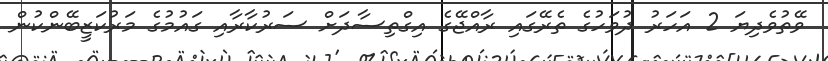
ވޭތުވެދިޔަ 2 އަހަރު ދުވަހުގެ ތެރޭގައި ރާއްޖޭގެ އިގްތިސާދަށް ސަރުކާރާއި ގައުމުގެ މަރުކަޒީބޭންކުން